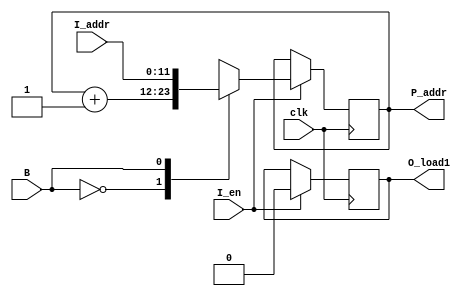
`timescale 1ns / 1ps
//////////////////////////////////////////////////////////////////////////////////
// Company: 
// Engineer: 
// 
// Design Name: 
// Module Name: PC
// Project Name: 
// Target Devices: 
// Tool Versions: 
// Description: 
// 
// Dependencies: 
// 
// Revision:
// Revision 0.01 - File Created
// Additional Comments:
// 
//////////////////////////////////////////////////////////////////////////////////


module PC(
        input clk,
        input I_en,
        input [11:0] I_addr,
        input B,
        output reg [11:0] P_addr,
        output reg O_load1
    );
    initial begin
        $display( "enterd initial block in pc ");
        P_addr = 12'b0 ;
        O_load1 <= 1'b0 ; 
        end 
    always@(posedge clk) begin
    if(I_en) begin  
        O_load1 <= 1'b0 ;  
        case (B)
            1'b0 : P_addr <= P_addr +1'b1 ; 
            1'b1 : P_addr <= I_addr  ;
        endcase
    end
    end
    
endmodule